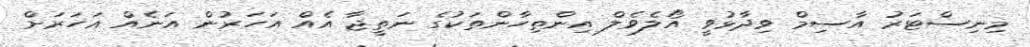
މިނިސްޓަރު އާސިމް ވިދާޅުވީ އޯލެވެލް އިންތިހާންތަކުގެ ނަތީޖާ އެއްް އަހަރުން އަނެއް އަހަރަށް